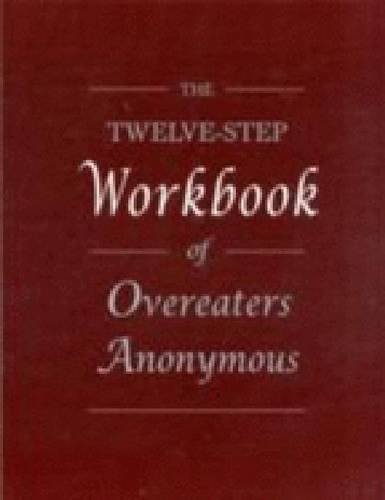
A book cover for The Twelve-Step Workbook of Overeaters Anonymous; Overeaters Anonymous; Self-Help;